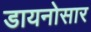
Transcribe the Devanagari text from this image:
डायनोसार